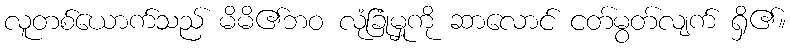
လူတစ်ယောက်သည် မိမိ၏ဘဝ လုံခြုံမှုကို ဆာလောင် ငတ်မွတ်လျက် ရှိ၏။